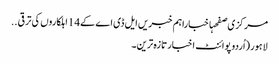
مرکزی صفحہاخباراہم خبریں ایل ڈی اے کے14اہلکاروں کی ترقی ..
لاہور (اُردو پوائنٹ اخبار تازہ ترین۔